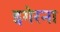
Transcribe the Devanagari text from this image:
इगेरना